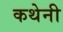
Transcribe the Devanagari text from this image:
कथेनी